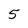
Character: 5